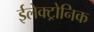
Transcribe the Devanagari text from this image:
ईलेक्ट्रोनिक